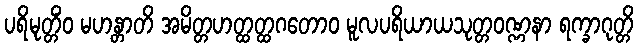
ပရိမုတ္တိံဝ မဟန္တာတိ အမိတ္တဟတ္ထတ္ထဂတောဝ မူလပရိယာယသုတ္တဝဏ္ဏနာ ရက္ခာဂုတ္တိ